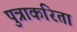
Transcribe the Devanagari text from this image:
पुत्राकरिता